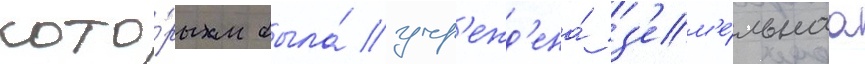
кото́рым была́ учр'ежд'ена́ з'ем'е́льнаа